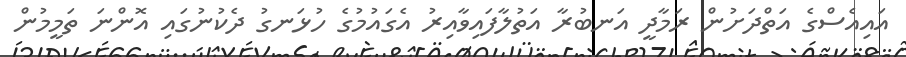
އައިއެސްގެ އަތްދަށުން ރަމާދީ އަނބުރާ އަތުލާފައިވާއިރު އެގައުމުގެ ހުޅަނގު ދެކުނުގައި އޮންނަ ތަމީމުން